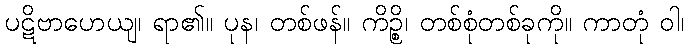
ပဋိဗာဟေယျ၊ ရာ၏။ ပုန၊ တစ်ဖန်။ ကိဉ္စိ၊ တစ်စုံတစ်ခုကို။ ကာတုံ ဝါ၊